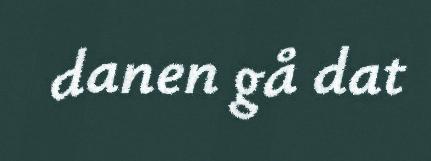
danen gå dat